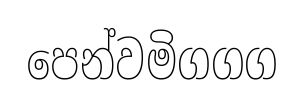
පෙන්වමිගගග